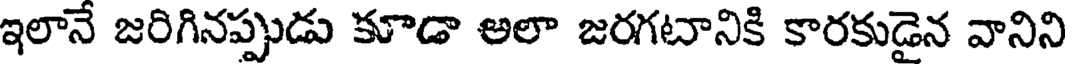
ఇలానే జరిగినప్పుడు కూడా అలా జరగటానికి కారకుడైన వానిని